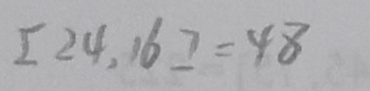
[ 2 4 , 1 6 ] = 4 8